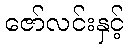
ဇော်လင်းနှင့်